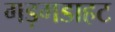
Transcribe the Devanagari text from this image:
गड़गडाहट